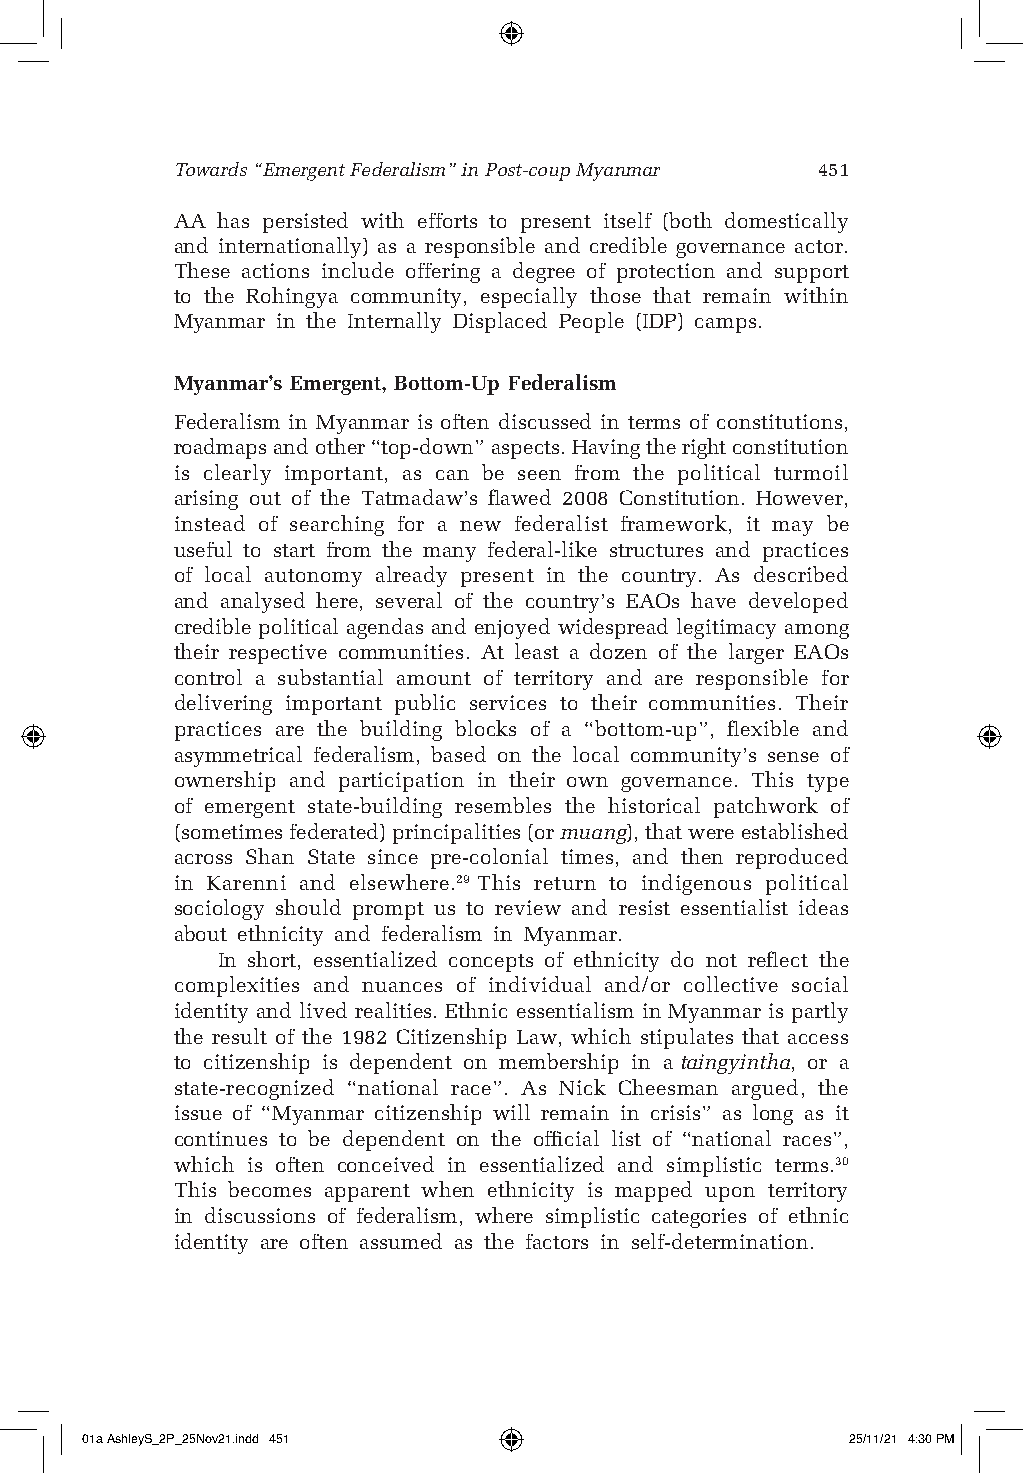
Towards “Emergent Federalism” in Post-coup Myanmar 451
 AA has persisted with efforts to present itself (both domestically
 and internationally) as a responsible and credible governance actor.
 These actions include offering a degree of protection and support
 to the Rohingya community, especially those that remain within
 Myanmar in the Internally Displaced People (IDP) camps.
 Myanmar’s Emergent, Bottom-Up Federalism
 Federalism in Myanmar is often discussed in terms of constitutions,
 roadmaps and other “top-down” aspects. Having the right constitution
 is clearly important, as can be seen from the political turmoil
 arising out of the Tatmadaw’s flawed 2008 Constitution. However,
 instead of searching for a new federalist framework, it may be
 useful to start from the many federal-like structures and practices
 of local autonomy already present in the country. As described
 and analysed here, several of the country’s EAOs have developed
 credible political agendas and enjoyed widespread legitimacy among
 their respective communities. At least a dozen of the larger EAOs
 control a substantial amount of territory and are responsible for
 delivering important public services to their communities. Their
 practices are the building blocks of a “bottom-up”, flexible and
 asymmetrical federalism, based on the local community’s sense of
 ownership and participation in their own governance. This type
 of emergent state-building resembles the historical patchwork of
 (sometimes federated) principalities (or muang), that were established
 across Shan State since pre-colonial times, and then reproduced
 in Karenni and elsewhere.29 This return to indigenous political
 sociology should prompt us to review and resist essentialist ideas
 about ethnicity and federalism in Myanmar.
 In short, essentialized concepts of ethnicity do not reflect the
 complexities and nuances of individual and/or collective social
 identity and lived realities. Ethnic essentialism in Myanmar is partly
 the result of the 1982 Citizenship Law, which stipulates that access
 to citizenship is dependent on membership in a taingyintha, or a
 state-recognized “national race”. As Nick Cheesman argued, the
 issue of “Myanmar citizenship will remain in crisis” as long as it
 continues to be dependent on the official list of “national races”,
 which is often conceived in essentialized and simplistic terms.30
 This becomes apparent when ethnicity is mapped upon territory
 in discussions of federalism, where simplistic categories of ethnic
 identity are often assumed as the factors in self-determination.
 01a AshleyS_2P_25Nov21.indd 451                    25/11/21 4:30 PM